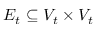
E _ { t } \subseteq V _ { t } \times V _ { t }